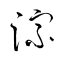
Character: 淙